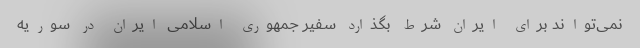
نمی‌تواند برای ایران شرط بگذارد سفیر جمهوری اسلامی ایران در سوریه